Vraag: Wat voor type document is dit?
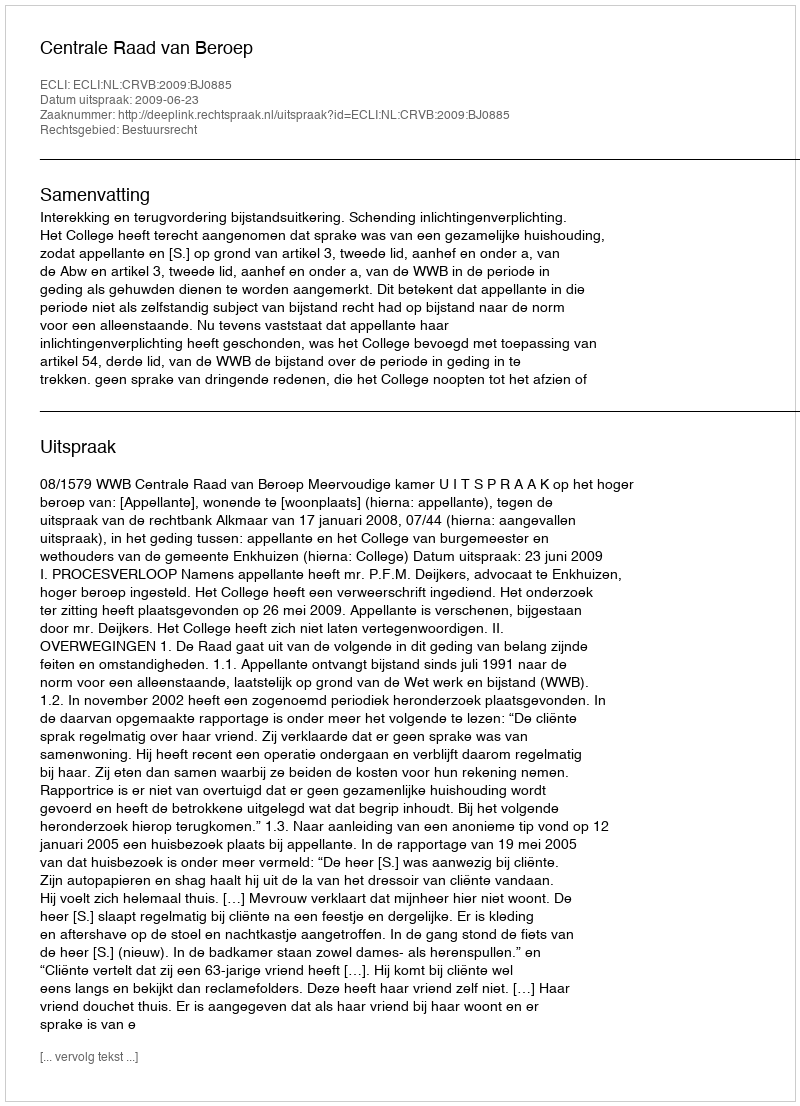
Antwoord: Uitspraak